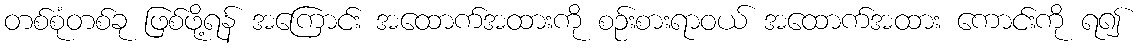
တစ်စုံတစ်ခု ဖြစ်ဖို့ရန် အကြောင်း အထောက်အထားကို စဉ်းစားရာဝယ် အထောက်အထား ကောင်းကို ရ၍